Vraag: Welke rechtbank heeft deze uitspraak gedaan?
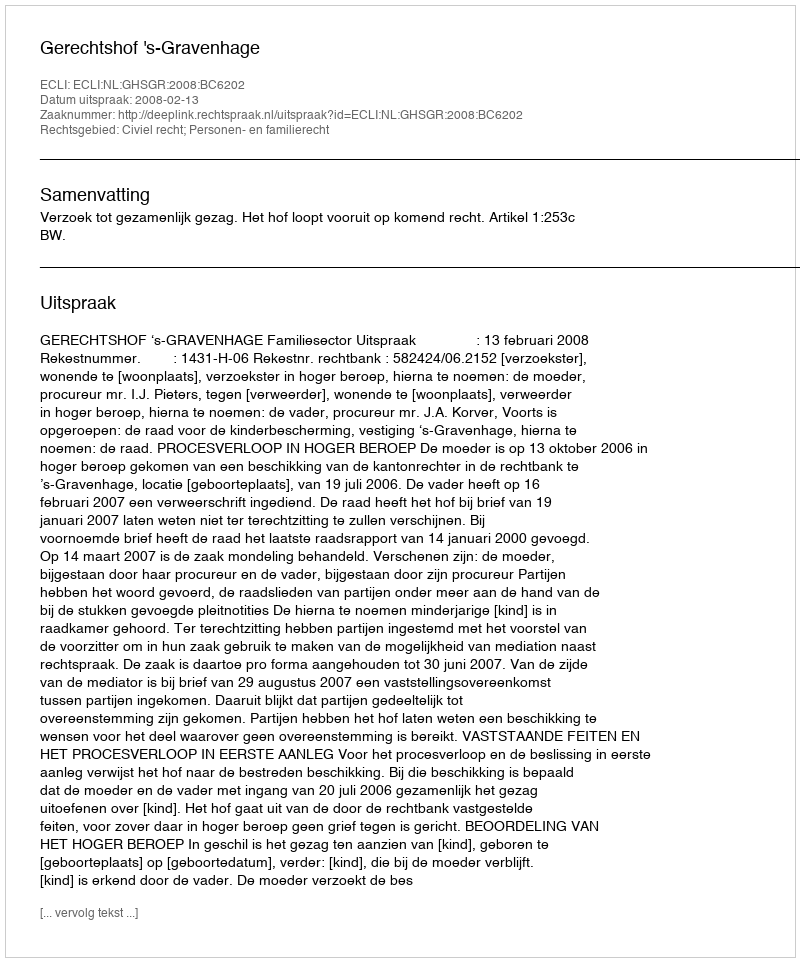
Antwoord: Gerechtshof 's-Gravenhage